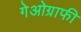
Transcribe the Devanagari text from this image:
गेओग्राफी